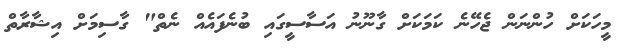
މީހަކަށް ހުންނަން ޖެހޭނެ ކަމަކަށް ގާނޫނު އަސާސީގައި ބުނެފައެއް ނެތް" ގާސިމަށް އިޝާރާތް